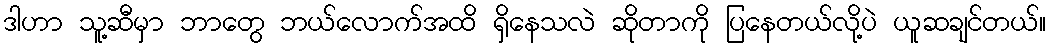
ဒါဟာ သူ့ဆီမှာ ဘာတွေ ဘယ်လောက်အထိ ရှိနေသလဲ ဆိုတာကို ပြနေတယ်လို့ပဲ ယူဆချင်တယ်။